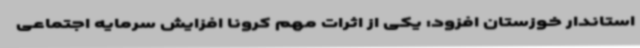
استاندار خوزستان افزود: یکی از اثرات مهم کرونا افزایش سرمایه اجتماعی